65_HS1-834228961_62-HQ-83894_Section_1
Agency: FBI
Page 135
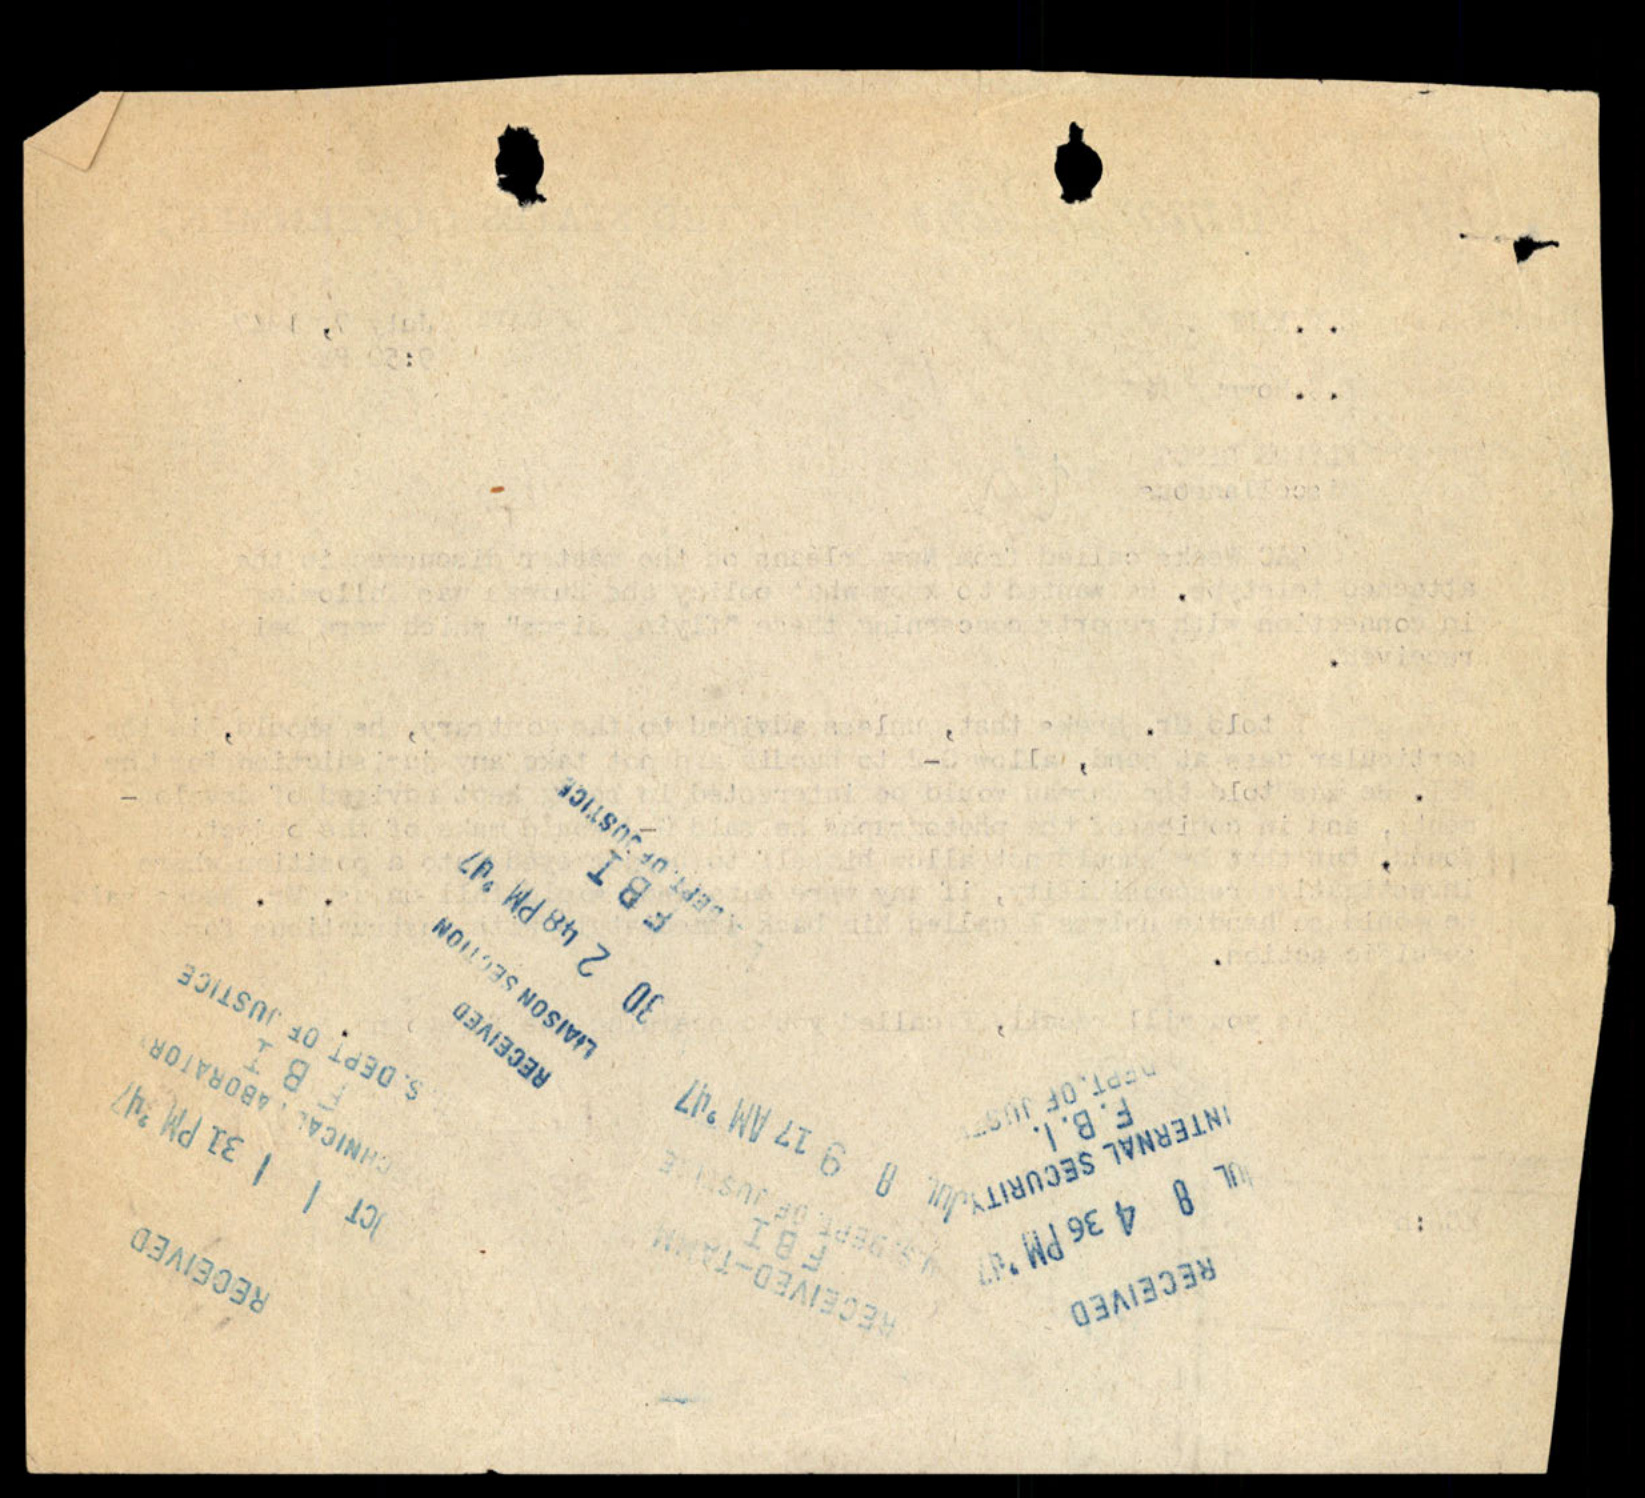